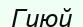
Гиюй